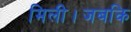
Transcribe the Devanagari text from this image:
मिली।जबकि